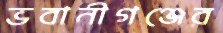
ভবানীগঞ্জের